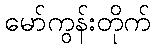
မော်ကွန်းတိုက်